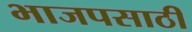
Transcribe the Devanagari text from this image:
भाजपसाठी